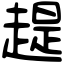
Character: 趧